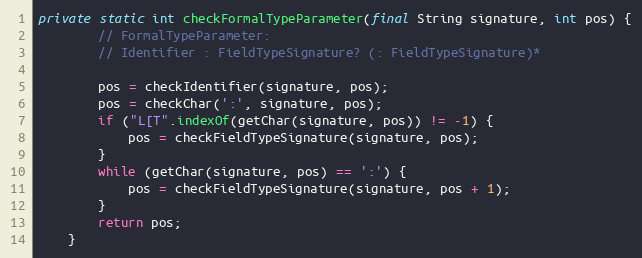
Language: Java
private static int checkFormalTypeParameter(final String signature, int pos) {
        // FormalTypeParameter:
        // Identifier : FieldTypeSignature? (: FieldTypeSignature)*

        pos = checkIdentifier(signature, pos);
        pos = checkChar(':', signature, pos);
        if ("L[T".indexOf(getChar(signature, pos)) != -1) {
            pos = checkFieldTypeSignature(signature, pos);
        }
        while (getChar(signature, pos) == ':') {
            pos = checkFieldTypeSignature(signature, pos + 1);
        }
        return pos;
    }